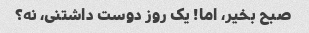
صبح بخیر، اما! یک روز دوست داشتنی، نه؟